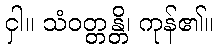
ငှါ။ သံဝတ္တန္တိ၊ ကုန်၏။